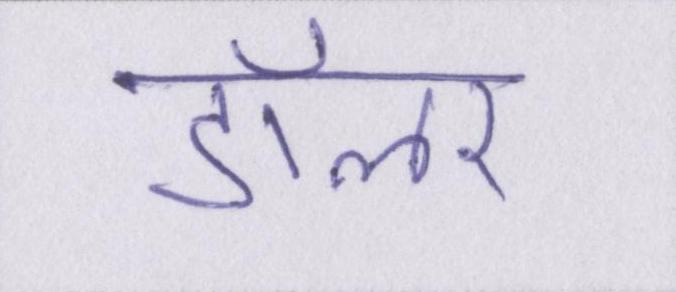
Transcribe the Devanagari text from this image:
डॉलर